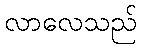
လာလေသည်